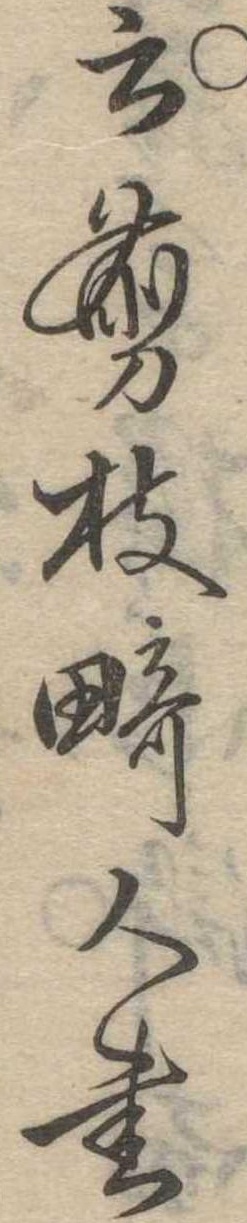
云剪枝畸人書